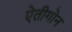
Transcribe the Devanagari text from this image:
ऐतीगोन